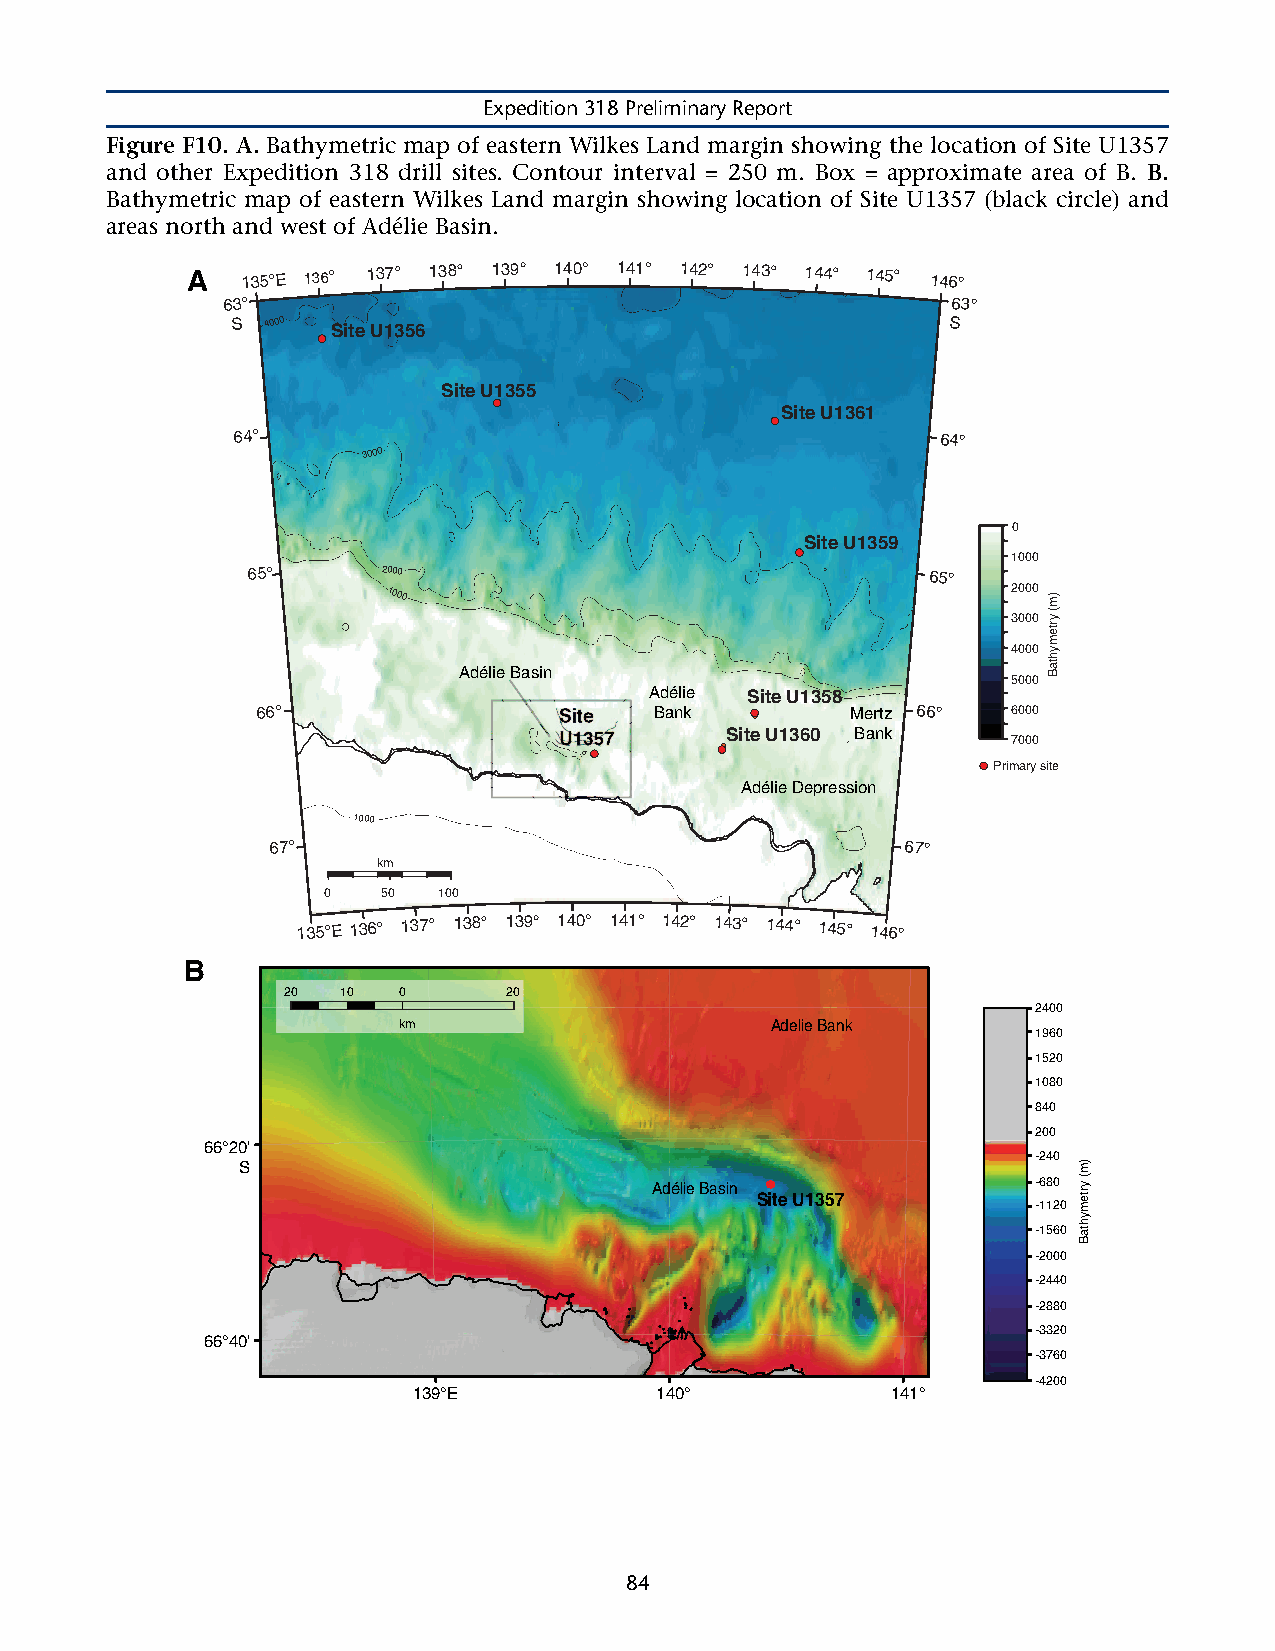
Expedition 318 Preliminary Report
 Figure F10. A. Bathymetric map of eastern Wilkes Land margin showing the location of Site U1357
 and other Expedition 318 drill sites. Contour interval = 250 m. Box = approximate area of B. B.
 Bathymetric map of eastern Wilkes Land margin showing location of Site U1357 (black circle) and
 areas north and west of Adélie Basin.
 A   135°E 136° 137° 138° 139° 140° 141° 142° 143° 144° 145° 146°
 63°                                             63°
 S  4000 Site U1356                              S
 Site U1355
 Site U1361
 64°                                           64°
 3000
 0
 Site U1359
 1000
 65°      2000                                65°
 1000                                     2000
 3000
 4000
 Adélie Basin
 5000
 Adélie Site U1358
 66°                 Site  Bank         Mertz 66°  6000
 U1357      Site U1360 Bank    7000
 Primary site
 Adélie Depression
 1000
 67°                                       67°
 km
 0   50  100
 135°E 136° 137° 138° 139° 140° 141° 142° 143° 144° 145° 146°
 B
 20  10 0       20
 2400
 km                       Adelie Bank
 1960
 1520
 1080
 840
 200
 66°20'
 -240
 S
 Adélie Basin ●●           -680
 Site U1357
 -1120
 -1560
 -2000
 -2440
 -2880
 -3320
 66°40'
 -3760
 -4200
 139°E           140°            141°
 84
 )m(
 yrtemyhtaB
 )m(
 yrtemyhtaB